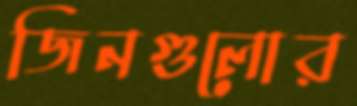
জিনগুলোর